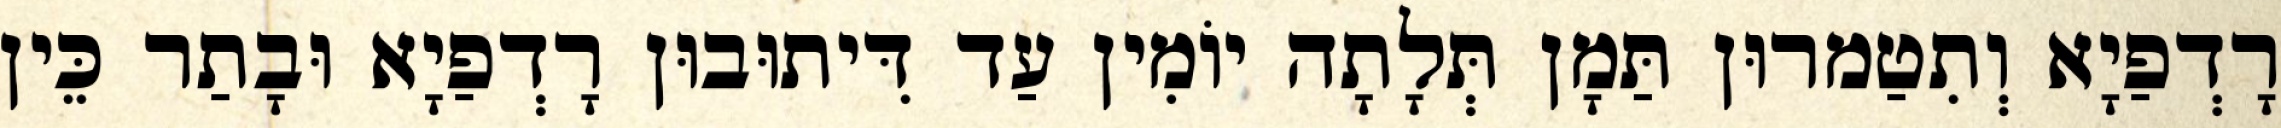
רָדְפַיָא וְתִטַמרוּן תַּמָן תְּלָתָה יוֹמִין עַד דִּיתוּבוּן רָדְפַיָא וּבָתַר כֵּין